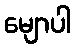
မျောပါ